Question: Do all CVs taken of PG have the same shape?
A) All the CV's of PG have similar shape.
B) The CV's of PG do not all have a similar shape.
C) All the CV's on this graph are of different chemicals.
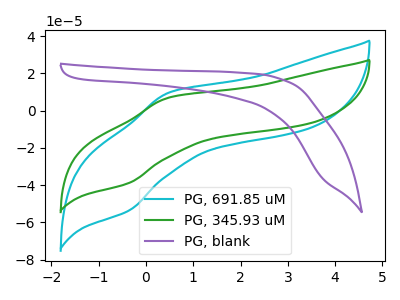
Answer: <think>The cyan curve "PG, 691.85 uM" has an anodic peak at (0.50V, 9.60uA) and a cathodic peak at (-0.35V, -53.65uA). The green curve "PG, 345.93 uM" has an anodic peak at (0.50V, 6.95uA) and a cathodic peak at (-0.35V, -38.85uA). The purple curve "PG, blank" has no peaks.
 All the peaks in "PG, 691.85 uM" have a peak in "PG, 345.93 uM" at the same potential. Every peak in "PG, 691.85 uM" is higher than every peak in "PG, 345.93 uM". "PG, 691.85 uM" and "PG, blank" have a different number of peaks. "PG, 345.93 uM" and "PG, blank" have a different number of peaks.</think>
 <answer>A) All the CV's of "PG" have similar shape.</answer>
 <eval>A</eval>